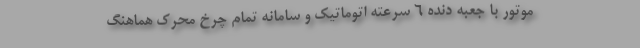
موتور با جعبه دنده 6 سرعته اتوماتیک و سامانه تمام چرخ محرک هماهنگ